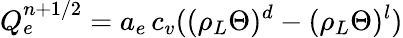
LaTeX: {Q}_{e}^{n+1/2}=a_{e}\, c_{v}((\rho_{L}\Theta)^{d}-(\rho_{L}\Theta)^{l})